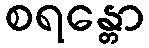
စရန္တော